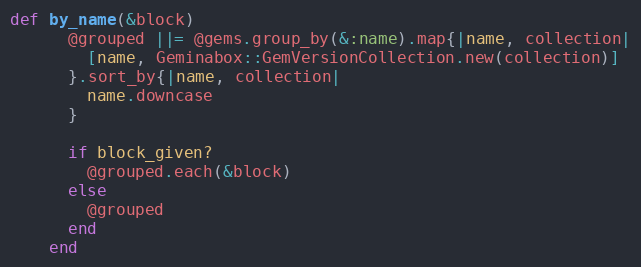
Language: Ruby
def by_name(&block)
      @grouped ||= @gems.group_by(&:name).map{|name, collection|
        [name, Geminabox::GemVersionCollection.new(collection)]
      }.sort_by{|name, collection|
        name.downcase
      }

      if block_given?
        @grouped.each(&block)
      else
        @grouped
      end
    end